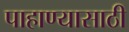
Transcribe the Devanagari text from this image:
पाहाण्यासाठी